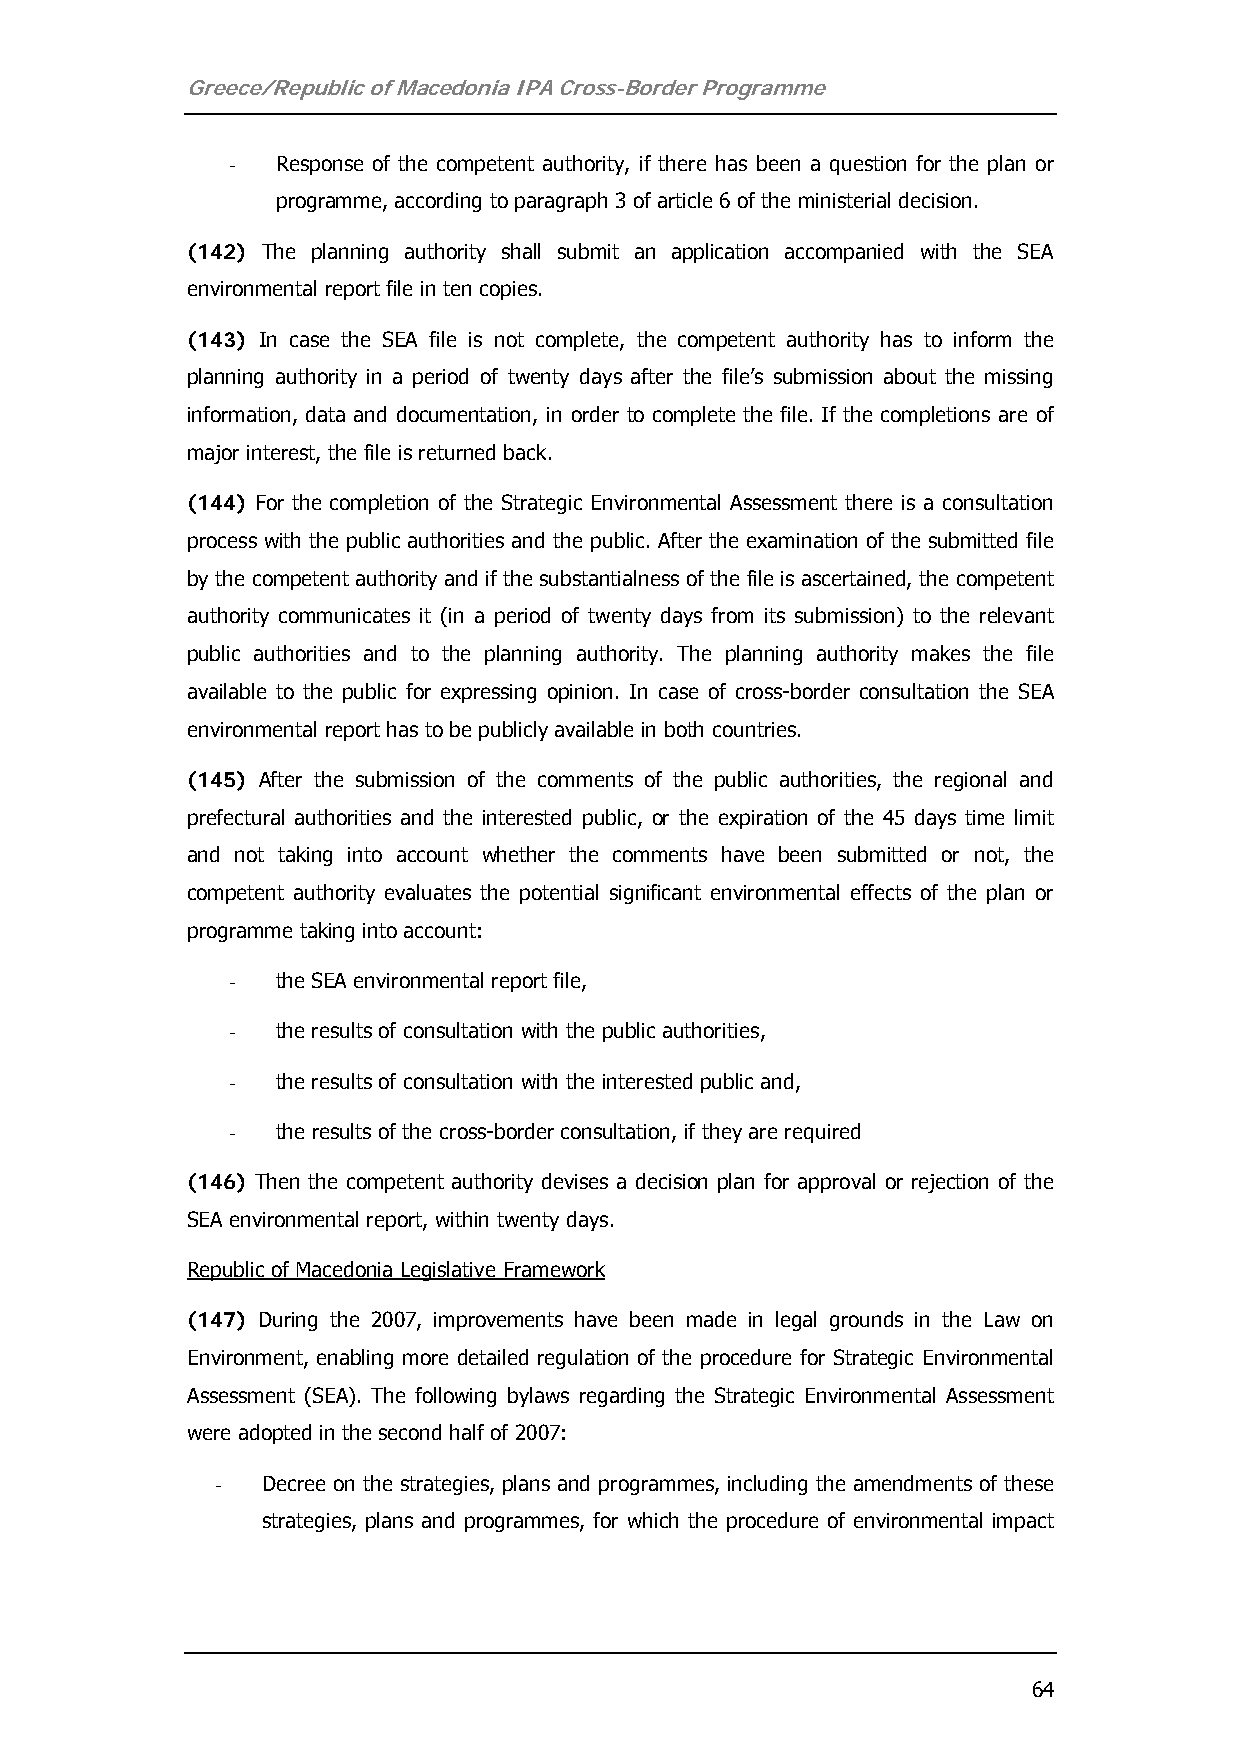
Greece/Republic of Macedonia IPA Cross-Border Programme
 -  Response of the competent authority, if there has been a question for the plan or
 programme, according to paragraph 3 of article 6 of the ministerial decision.
 (142) The planning authority shall submit an application accompanied with the SEA
 environmental report file in ten copies.
 (143) In case the SEA file is not complete, the competent authority has to inform the
 planning authority in a period of twenty days after the file’s submission about the missing
 information, data and documentation, in order to complete the file. If the completions are of
 major interest, the file is returned back.
 (144) For the completion of the Strategic Environmental Assessment there is a consultation
 process with the public authorities and the public. After the examination of the submitted file
 by the competent authority and if the substantialness of the file is ascertained, the competent
 authority communicates it (in a period of twenty days from its submission) to the relevant
 public authorities and to the planning authority. The planning authority makes the file
 available to the public for expressing opinion. In case of cross-border consultation the SEA
 environmental report has to be publicly available in both countries.
 (145) After the submission of the comments of the public authorities, the regional and
 prefectural authorities and the interested public, or the expiration of the 45 days time limit
 and not taking into account whether the comments have been submitted or not, the
 competent authority evaluates the potential significant environmental effects of the plan or
 programme taking into account:
 -  the SEA environmental report file,
 -  the results of consultation with the public authorities,
 -  the results of consultation with the interested public and,
 -  the results of the cross-border consultation, if they are required
 (146) Then the competent authority devises a decision plan for approval or rejection of the
 SEA environmental report, within twenty days.
 Republic of Macedonia Legislative Framework
 (147) During the 2007, improvements have been made in legal grounds in the Law on
 Environment, enabling more detailed regulation of the procedure for Strategic Environmental
 Assessment (SEA). The following bylaws regarding the Strategic Environmental Assessment
 were adopted in the second half of 2007:
 -  Decree on the strategies, plans and programmes, including the amendments of these
 strategies, plans and programmes, for which the procedure of environmental impact
 64